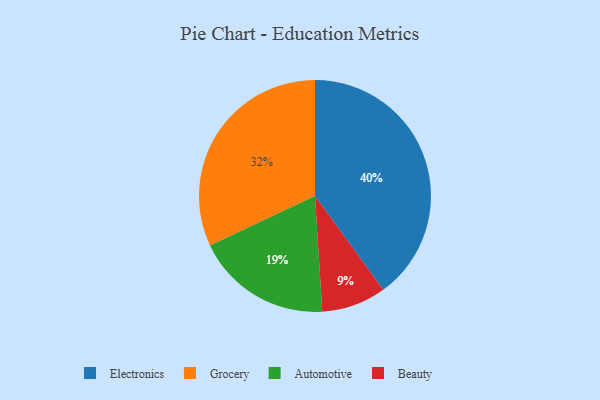
{"axis": {"x": "Category", "y": "Percentage"}, "legend": ["Automotive", "Beauty", "Electronics", "Grocery"], "data": [{"x": "Automotive", "y": 19, "type": "Automotive"}, {"x": "Electronics", "y": 40, "type": "Electronics"}, {"x": "Grocery", "y": 32, "type": "Grocery"}, {"x": "Beauty", "y": 9, "type": "Beauty"}]}